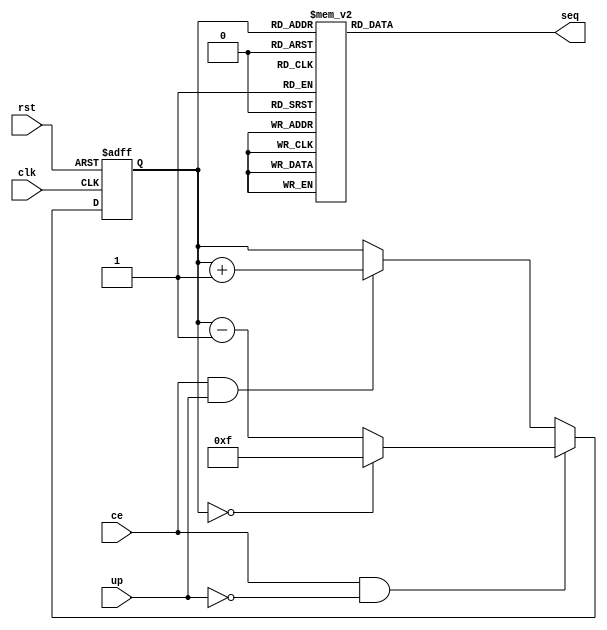
`timescale 1ns / 1ps

module fsm(
input clk,rst,ce,up,
output reg [3:0] seq

    );
reg [3:0] state;
	 
 initial begin
	state=4'h0;
	end
	
always @ (posedge clk, posedge rst) begin

if(rst) begin
	state=4'h0;
	end
else if(ce & ~up) begin
	if(state==4'h0) begin
		state=4'hF;
		end
	else begin
	state=state-1;
		end
	end
else if(ce & up) begin
	state=state+1;
	end
end

always@*	
case (state)

 4'hF : seq <= 4'hd; 
 4'hE : seq <= 4'h4; 
 4'hD : seq <= 4'h7; 
 4'hC : seq <= 4'ha; 
 4'hB : seq <= 4'h8; 
 4'hA : seq <= 4'hb; 
 4'h9 : seq <= 4'h8; 
 4'h8 : seq <= 4'hd; 
 4'h7 : seq <= 4'h3;
 4'h6 : seq <= 4'h5;
 4'h5 : seq <= 4'h2;
 4'h4 : seq <= 4'hf;
 4'h3 : seq <= 4'hb;
 4'h2 : seq <= 4'hc;
 4'h1 : seq <= 4'h7;
 4'h0 : seq <= 4'h0;
 endcase
endmodule